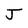
Character: J